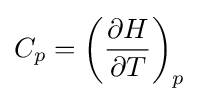
C_{p}=\left({\frac {\partial H}{\partial T}}\right)_{p}